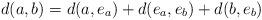
LaTeX: \begin{align*}d(a,b)=d(a, e_a)+d(e_a, e_b)+d(b, e_b) \end{align*}